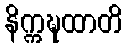
နိက္ကဍ္ဎထာတိ